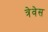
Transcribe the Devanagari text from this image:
त्रेवेस